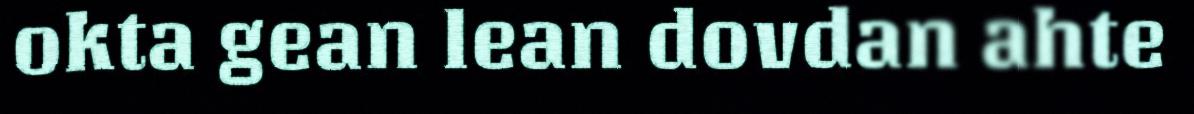
okta gean lean dovdan ahte